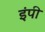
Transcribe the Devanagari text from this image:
इंपी